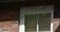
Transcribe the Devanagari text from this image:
फेवरिट्स